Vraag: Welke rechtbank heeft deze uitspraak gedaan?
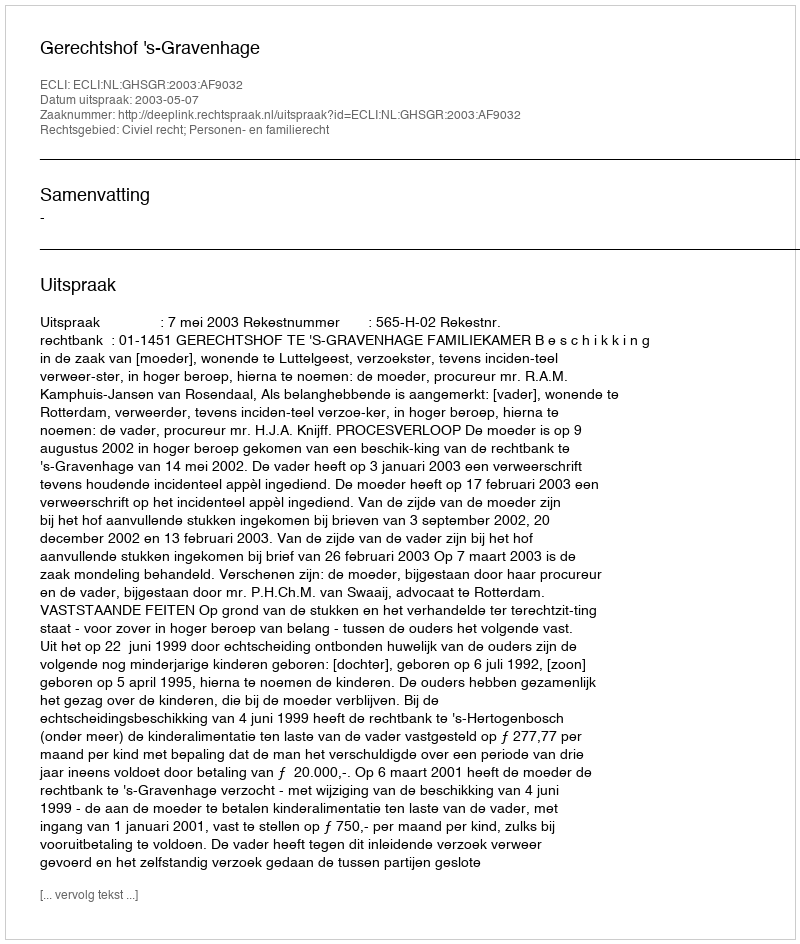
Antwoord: Gerechtshof 's-Gravenhage